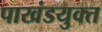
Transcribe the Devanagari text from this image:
पाखंडयुक्त